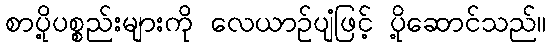
စာပို့ပစ္စည်းများကို လေယာဉ်ပျံဖြင့် ပို့ဆောင်သည်။